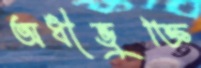
অধীভুক্তি